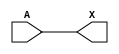
module sky130_fd_sc_hvl__lsbufhv2lv_4 (
    X,
    A
);
    output X;
    input  A;
    buf buf0 (X     , A              );
endmodule